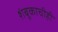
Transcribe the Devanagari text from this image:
शंबूकाचीही